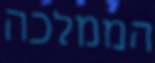
הממלכה